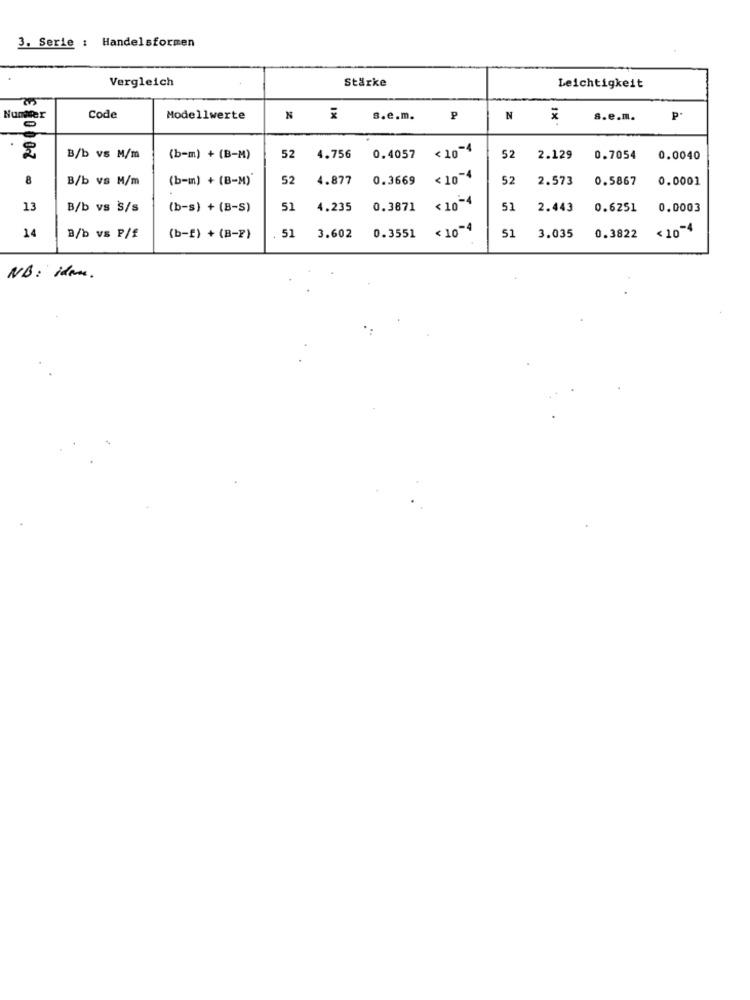
3. Serie : Handelsformen
Vergleich
Stärke
Leichtigkeit
Nummer
Code
Modellwerte
N
s.e.m.
₽
N
1X
s.e.m.
2
0.4057 <10-4
B/b vs M/m
(b-m) + (B-M)
52
4.756
52
2.129
0.7054
0.0040
8
B/b vs M/m
(b-m) + (B-M)'
52
4.877
0.3669
< 10-4
52
2.573
0.5867
0.0001
13
B/b vs S/s
(b-s) + (B-S)
51
4.235
0.3871 < 10-4
51
2.443
0.6251
0.0003
14
51
< 10-4
0.3822 <10-4
B/b vs P/f
(b-f) + (B-2)
3.602
0.3551
51
3.035
NB: Ham.